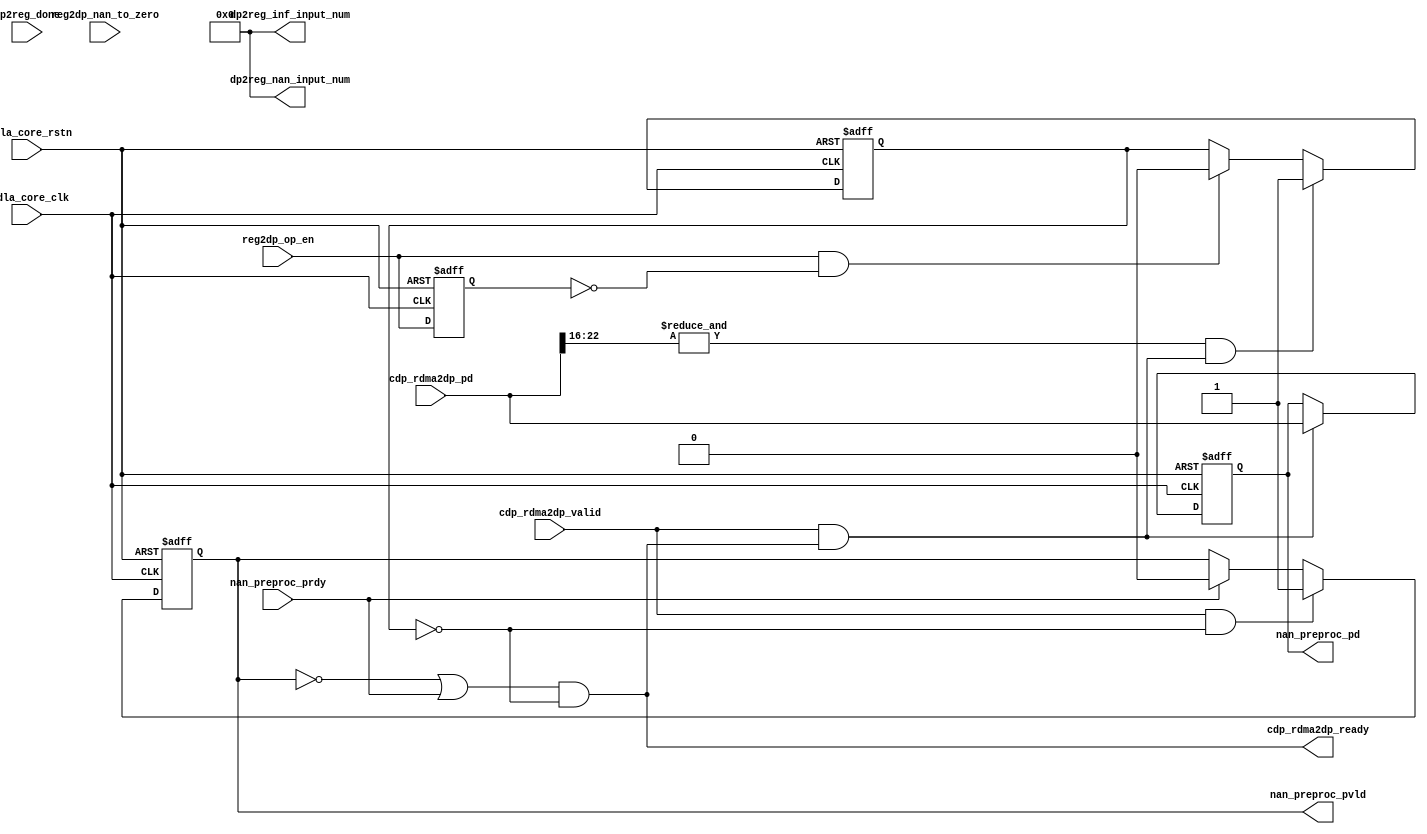
// ================================================================
// NVDLA Open Source Project
//
// Copyright(c) 2016 - 2017 NVIDIA Corporation. Licensed under the
// NVDLA Open Hardware License; Check "LICENSE" which comes with
// this distribution for more information.
// ================================================================
// ================================================================
// NVDLA Open Source Project
// 
// Copyright(c) 2016 - 2017 NVIDIA Corporation.  Licensed under the
// NVDLA Open Hardware License; Check "LICENSE" which comes with 
// this distribution for more information.
// ================================================================
///////////////////////////////////////////////////
module NV_NVDLA_CDP_DP_nan (
   nvdla_core_clk
  ,nvdla_core_rstn
  ,cdp_rdma2dp_pd
  ,cdp_rdma2dp_valid
  ,dp2reg_done
  ,nan_preproc_prdy
//,reg2dp_input_data_type
  ,reg2dp_nan_to_zero
  ,reg2dp_op_en
  ,cdp_rdma2dp_ready
  ,dp2reg_inf_input_num
  ,dp2reg_nan_input_num
  ,nan_preproc_pd
  ,nan_preproc_pvld
  );
//////////////////////////////////////////////////////
input nvdla_core_clk;
input nvdla_core_rstn;
input [1*8 +22:0] cdp_rdma2dp_pd;
input cdp_rdma2dp_valid;
input dp2reg_done;
input nan_preproc_prdy;
//input [1:0] reg2dp_input_data_type;
input reg2dp_nan_to_zero;
input reg2dp_op_en;
output cdp_rdma2dp_ready;
output [31:0] dp2reg_inf_input_num;
output [31:0] dp2reg_nan_input_num;
output [1*8 +22:0] nan_preproc_pd;
output nan_preproc_pvld;
//////////////////////////////////////////////////////
reg [1*8 +22:0] datin_d;
reg din_pvld_d1;
wire [31:0] dp2reg_inf_input_num=0;
wire [31:0] dp2reg_nan_input_num=0;
//reg fp16_en;
//reg [31:0] inf_in_count;
//reg [31:0] inf_in_num0;
//reg [31:0] inf_in_num1;
reg layer_flag;
//reg mon_inf_in_count;
//reg mon_nan_in_count;
//reg [31:0] nan_in_count;
//reg [31:0] nan_in_num0;
//reg [31:0] nan_in_num1;
//reg [15:0] nan_preproc_pd0;
//reg [15:0] nan_preproc_pd1;
//reg [15:0] nan_preproc_pd2;
//reg [15:0] nan_preproc_pd3;
reg op_en_d1;
//reg tozero_en;
reg waiting_for_op_en;
reg wdma_layer_flag;
wire cdp_rdma2dp_ready_f;
//wire cube_end;
//wire [3:0] dat_is_inf;
//wire [3:0] dat_is_nan;
wire din_prdy_d1;
//wire [15:0] fp16_in_pd_0;
//wire [15:0] fp16_in_pd_1;
//wire [15:0] fp16_in_pd_2;
//wire [15:0] fp16_in_pd_3;
//wire [2:0] inf_num_in_8byte;
//wire last_c;
//wire last_h;
//wire last_w;
wire layer_end;
wire load_din;
//wire [2:0] nan_num_in_8byte;
wire op_en_load;
wire wdma_done;
//////////////////////////////////////////////////////
//==========================================
//----------------------------------------
assign cdp_rdma2dp_ready = cdp_rdma2dp_ready_f;
assign cdp_rdma2dp_ready_f = (~din_pvld_d1 | din_prdy_d1) & (~waiting_for_op_en);
assign load_din = cdp_rdma2dp_valid & cdp_rdma2dp_ready_f;
// //----------------------------------------
// always @(posedge nvdla_core_clk or negedge nvdla_core_rstn) begin
// if (!nvdla_core_rstn) begin
// tozero_en <= 1'b0;
// end else begin
// tozero_en <= reg2dp_nan_to_zero == 1'h1;
// end
// end
// always @(posedge nvdla_core_clk or negedge nvdla_core_rstn) begin
// if (!nvdla_core_rstn) begin
// fp16_en <= 1'b0;
// end else begin
// fp16_en <= reg2dp_input_data_type[1:0]== 2;
// end
// end
// //----------------------------------------
// assign fp16_in_pd_0 = cdp_rdma2dp_pd[15:0];
// assign fp16_in_pd_1 = cdp_rdma2dp_pd[31:16];
// assign fp16_in_pd_2 = cdp_rdma2dp_pd[47:32];
// assign fp16_in_pd_3 = cdp_rdma2dp_pd[63:48];
//
// assign dat_is_nan[0] = fp16_en & (&fp16_in_pd_0[14:10]) & (|fp16_in_pd_0[9:0]);
// assign dat_is_nan[1] = fp16_en & (&fp16_in_pd_1[14:10]) & (|fp16_in_pd_1[9:0]);
// assign dat_is_nan[2] = fp16_en & (&fp16_in_pd_2[14:10]) & (|fp16_in_pd_2[9:0]);
// assign dat_is_nan[3] = fp16_en & (&fp16_in_pd_3[14:10]) & (|fp16_in_pd_3[9:0]);
//
// assign dat_is_inf[0] = fp16_en & (&fp16_in_pd_0[14:10]) & (~(|fp16_in_pd_0[9:0]));
// assign dat_is_inf[1] = fp16_en & (&fp16_in_pd_1[14:10]) & (~(|fp16_in_pd_1[9:0]));
// assign dat_is_inf[2] = fp16_en & (&fp16_in_pd_2[14:10]) & (~(|fp16_in_pd_2[9:0]));
// assign dat_is_inf[3] = fp16_en & (&fp16_in_pd_3[14:10]) & (~(|fp16_in_pd_3[9:0]));
//////////////////////////////////////////////////////////////////////
//waiting for op_en
//////////////////////////////////////////////////////////////////////
always @(posedge nvdla_core_clk or negedge nvdla_core_rstn) begin
  if (!nvdla_core_rstn) begin
    op_en_d1 <= 1'b0;
  end else begin
  op_en_d1 <= reg2dp_op_en;
  end
end
assign op_en_load = reg2dp_op_en & (~op_en_d1);
assign layer_end = &{cdp_rdma2dp_pd[1*8 +14:1*8 +11],cdp_rdma2dp_pd[1*8 +10:1*8 +8]} & load_din;
always @(posedge nvdla_core_clk or negedge nvdla_core_rstn) begin
  if (!nvdla_core_rstn) begin
    waiting_for_op_en <= 1'b1;
  end else begin
    if(layer_end)
        waiting_for_op_en <= 1'b1;
    else if(op_en_load)
        waiting_for_op_en <= 1'b0;
  end
end
// //////////////////////////////////////////////////////////////////////
// //NaN process mode control
// //////////////////////////////////////////////////////////////////////
// always @(posedge nvdla_core_clk or negedge nvdla_core_rstn) begin
// if (!nvdla_core_rstn) begin
// nan_preproc_pd0 <= {16{1'b0}};
// nan_preproc_pd1 <= {16{1'b0}};
// nan_preproc_pd2 <= {16{1'b0}};
// nan_preproc_pd3 <= {16{1'b0}};
// datin_info_d <= {23{1'b0}};
// end else begin
// if(load_din) begin
// nan_preproc_pd0 <= (dat_is_nan[0] & tozero_en) ? 16'd0 : fp16_in_pd_0;
// nan_preproc_pd1 <= (dat_is_nan[1] & tozero_en) ? 16'd0 : fp16_in_pd_1;
// nan_preproc_pd2 <= (dat_is_nan[2] & tozero_en) ? 16'd0 : fp16_in_pd_2;
// nan_preproc_pd3 <= (dat_is_nan[3] & tozero_en) ? 16'd0 : fp16_in_pd_3;
// datin_info_d <= cdp_rdma2dp_pd[86:64];
// end
// end
// end
always @(posedge nvdla_core_clk or negedge nvdla_core_rstn) begin
  if (!nvdla_core_rstn) begin
    datin_d <= 0;
  end else if(load_din) begin
    datin_d <= cdp_rdma2dp_pd;
  end
end
always @(posedge nvdla_core_clk or negedge nvdla_core_rstn) begin
  if (!nvdla_core_rstn) begin
    din_pvld_d1 <= 1'b0;
  end else begin
    if(cdp_rdma2dp_valid & (~waiting_for_op_en))
        din_pvld_d1 <= 1'b1;
    else if(din_prdy_d1)
        din_pvld_d1 <= 1'b0;
  end
end
assign din_prdy_d1 = nan_preproc_prdy;
//-------------------------------------------
assign nan_preproc_pd = datin_d;
assign nan_preproc_pvld = din_pvld_d1;
// //////////////////////////////////////////////////////////////////////
// //input NaN element count
// //////////////////////////////////////////////////////////////////////
// assign last_w = cdp_rdma2dp_pd[1*8 +12];
// assign last_h = cdp_rdma2dp_pd[1*8 +13];
// assign last_c = cdp_rdma2dp_pd[1*8 +14];
// assign cube_end = last_w & last_h & last_c;
//
// function [2:0] fun_bit_sum_4;
// input [3:0] idata;
// reg [2:0] ocnt;
// begin
// ocnt =
// ( idata[0]
// + idata[1]
// + idata[2] )
// + idata[3] ;
// fun_bit_sum_4 = ocnt;
// end
// endfunction
//
// assign nan_num_in_8byte = fun_bit_sum_4(dat_is_nan);
// assign inf_num_in_8byte = fun_bit_sum_4(dat_is_inf);
//
// always @(posedge nvdla_core_clk or negedge nvdla_core_rstn) begin
// if (!nvdla_core_rstn) begin
// {mon_nan_in_count,nan_in_count[31:0]} <= {33{1'b0}};
// end else begin
// if(load_din) begin
// if(cube_end)
// {mon_nan_in_count,nan_in_count[31:0]} <= 33'd0;
// else
// {mon_nan_in_count,nan_in_count[31:0]} <= nan_in_count + nan_num_in_8byte;
// end
// end
// end
// always @(posedge nvdla_core_clk or negedge nvdla_core_rstn) begin
// if (!nvdla_core_rstn) begin
// {mon_inf_in_count,inf_in_count[31:0]} <= {33{1'b0}};
// end else begin
// if(load_din) begin
// if(cube_end)
// {mon_inf_in_count,inf_in_count[31:0]} <= 32'd0;
// else
// {mon_inf_in_count,inf_in_count[31:0]} <= inf_in_count + inf_num_in_8byte;
// end
// end
// end
//
// always @(posedge nvdla_core_clk or negedge nvdla_core_rstn) begin
// if (!nvdla_core_rstn) begin
// layer_flag <= 1'b0;
// nan_in_num1 <= {32{1'b0}};
// inf_in_num1 <= {32{1'b0}};
// nan_in_num0 <= {32{1'b0}};
// inf_in_num0 <= {32{1'b0}};
// end else begin
// if(load_din & cube_end) begin
// layer_flag <= ~layer_flag;
// if(layer_flag) begin
// nan_in_num1 <= nan_in_count;
// inf_in_num1 <= inf_in_count;
// end else begin
// nan_in_num0 <= nan_in_count;
// inf_in_num0 <= inf_in_count;
// end
// end
// end
// end
// //adding dp2reg_done to latch the num and output a sigle one for each
// assign wdma_done = dp2reg_done;
// always @(posedge nvdla_core_clk or negedge nvdla_core_rstn) begin
// if (!nvdla_core_rstn) begin
// wdma_layer_flag <= 1'b0;
// dp2reg_nan_input_num <= {32{1'b0}};
// dp2reg_inf_input_num <= {32{1'b0}};
// end else begin
// if(wdma_done) begin
// wdma_layer_flag <= ~wdma_layer_flag;
// if(wdma_layer_flag) begin
// dp2reg_nan_input_num <= nan_in_num1;
// dp2reg_inf_input_num <= inf_in_num1;
// end else begin
// dp2reg_nan_input_num <= nan_in_num0;
// dp2reg_inf_input_num <= inf_in_num0;
// end
// end
// end
// end
//////////////////////////////////////////////////////////////////////
//function point
//////////////////////////////////////////////////////////////////////
//VCS coverage off
`ifndef DISABLE_FUNCPOINT
  `ifdef ENABLE_FUNCPOINT
    reg funcpoint_cover_off;
    initial begin
        if ( $test$plusargs( "cover_off" ) ) begin
            funcpoint_cover_off = 1'b1;
        end else begin
            funcpoint_cover_off = 1'b0;
        end
    end
    property CDP_NAN_IN__0_cov;
        disable iff((nvdla_core_rstn !== 1) || funcpoint_cover_off)
        @(posedge nvdla_core_clk)
        |dat_is_nan & fp16_en;
    endproperty
// Cover 0 : "|dat_is_nan & fp16_en"
    FUNCPOINT_CDP_NAN_IN__0_COV : cover property (CDP_NAN_IN__0_cov);
  `endif
`endif
//VCS coverage on
//VCS coverage off
`ifndef DISABLE_FUNCPOINT
  `ifdef ENABLE_FUNCPOINT
    property CDP_INF_IN__1_cov;
        disable iff((nvdla_core_rstn !== 1) || funcpoint_cover_off)
        @(posedge nvdla_core_clk)
        |dat_is_inf & fp16_en;
    endproperty
// Cover 1 : "|dat_is_inf & fp16_en"
    FUNCPOINT_CDP_INF_IN__1_COV : cover property (CDP_INF_IN__1_cov);
  `endif
`endif
//VCS coverage on
//VCS coverage off
`ifndef DISABLE_FUNCPOINT
  `ifdef ENABLE_FUNCPOINT
    property CDP_RDMA_NewLayer_out_req_And_core_CurLayer_not_finish__2_cov;
        disable iff((nvdla_core_rstn !== 1) || funcpoint_cover_off)
        @(posedge nvdla_core_clk)
        waiting_for_op_en & (~cdp_rdma2dp_ready_f) & cdp_rdma2dp_valid;
    endproperty
// Cover 2 : "waiting_for_op_en & (~cdp_rdma2dp_ready_f) & cdp_rdma2dp_valid"
    FUNCPOINT_CDP_RDMA_NewLayer_out_req_And_core_CurLayer_not_finish__2_COV : cover property (CDP_RDMA_NewLayer_out_req_And_core_CurLayer_not_finish__2_cov);
  `endif
`endif
//VCS coverage on
//////////////////////////////////////////////////////////////////////
endmodule // NV_NVDLA_CDP_DP_nan